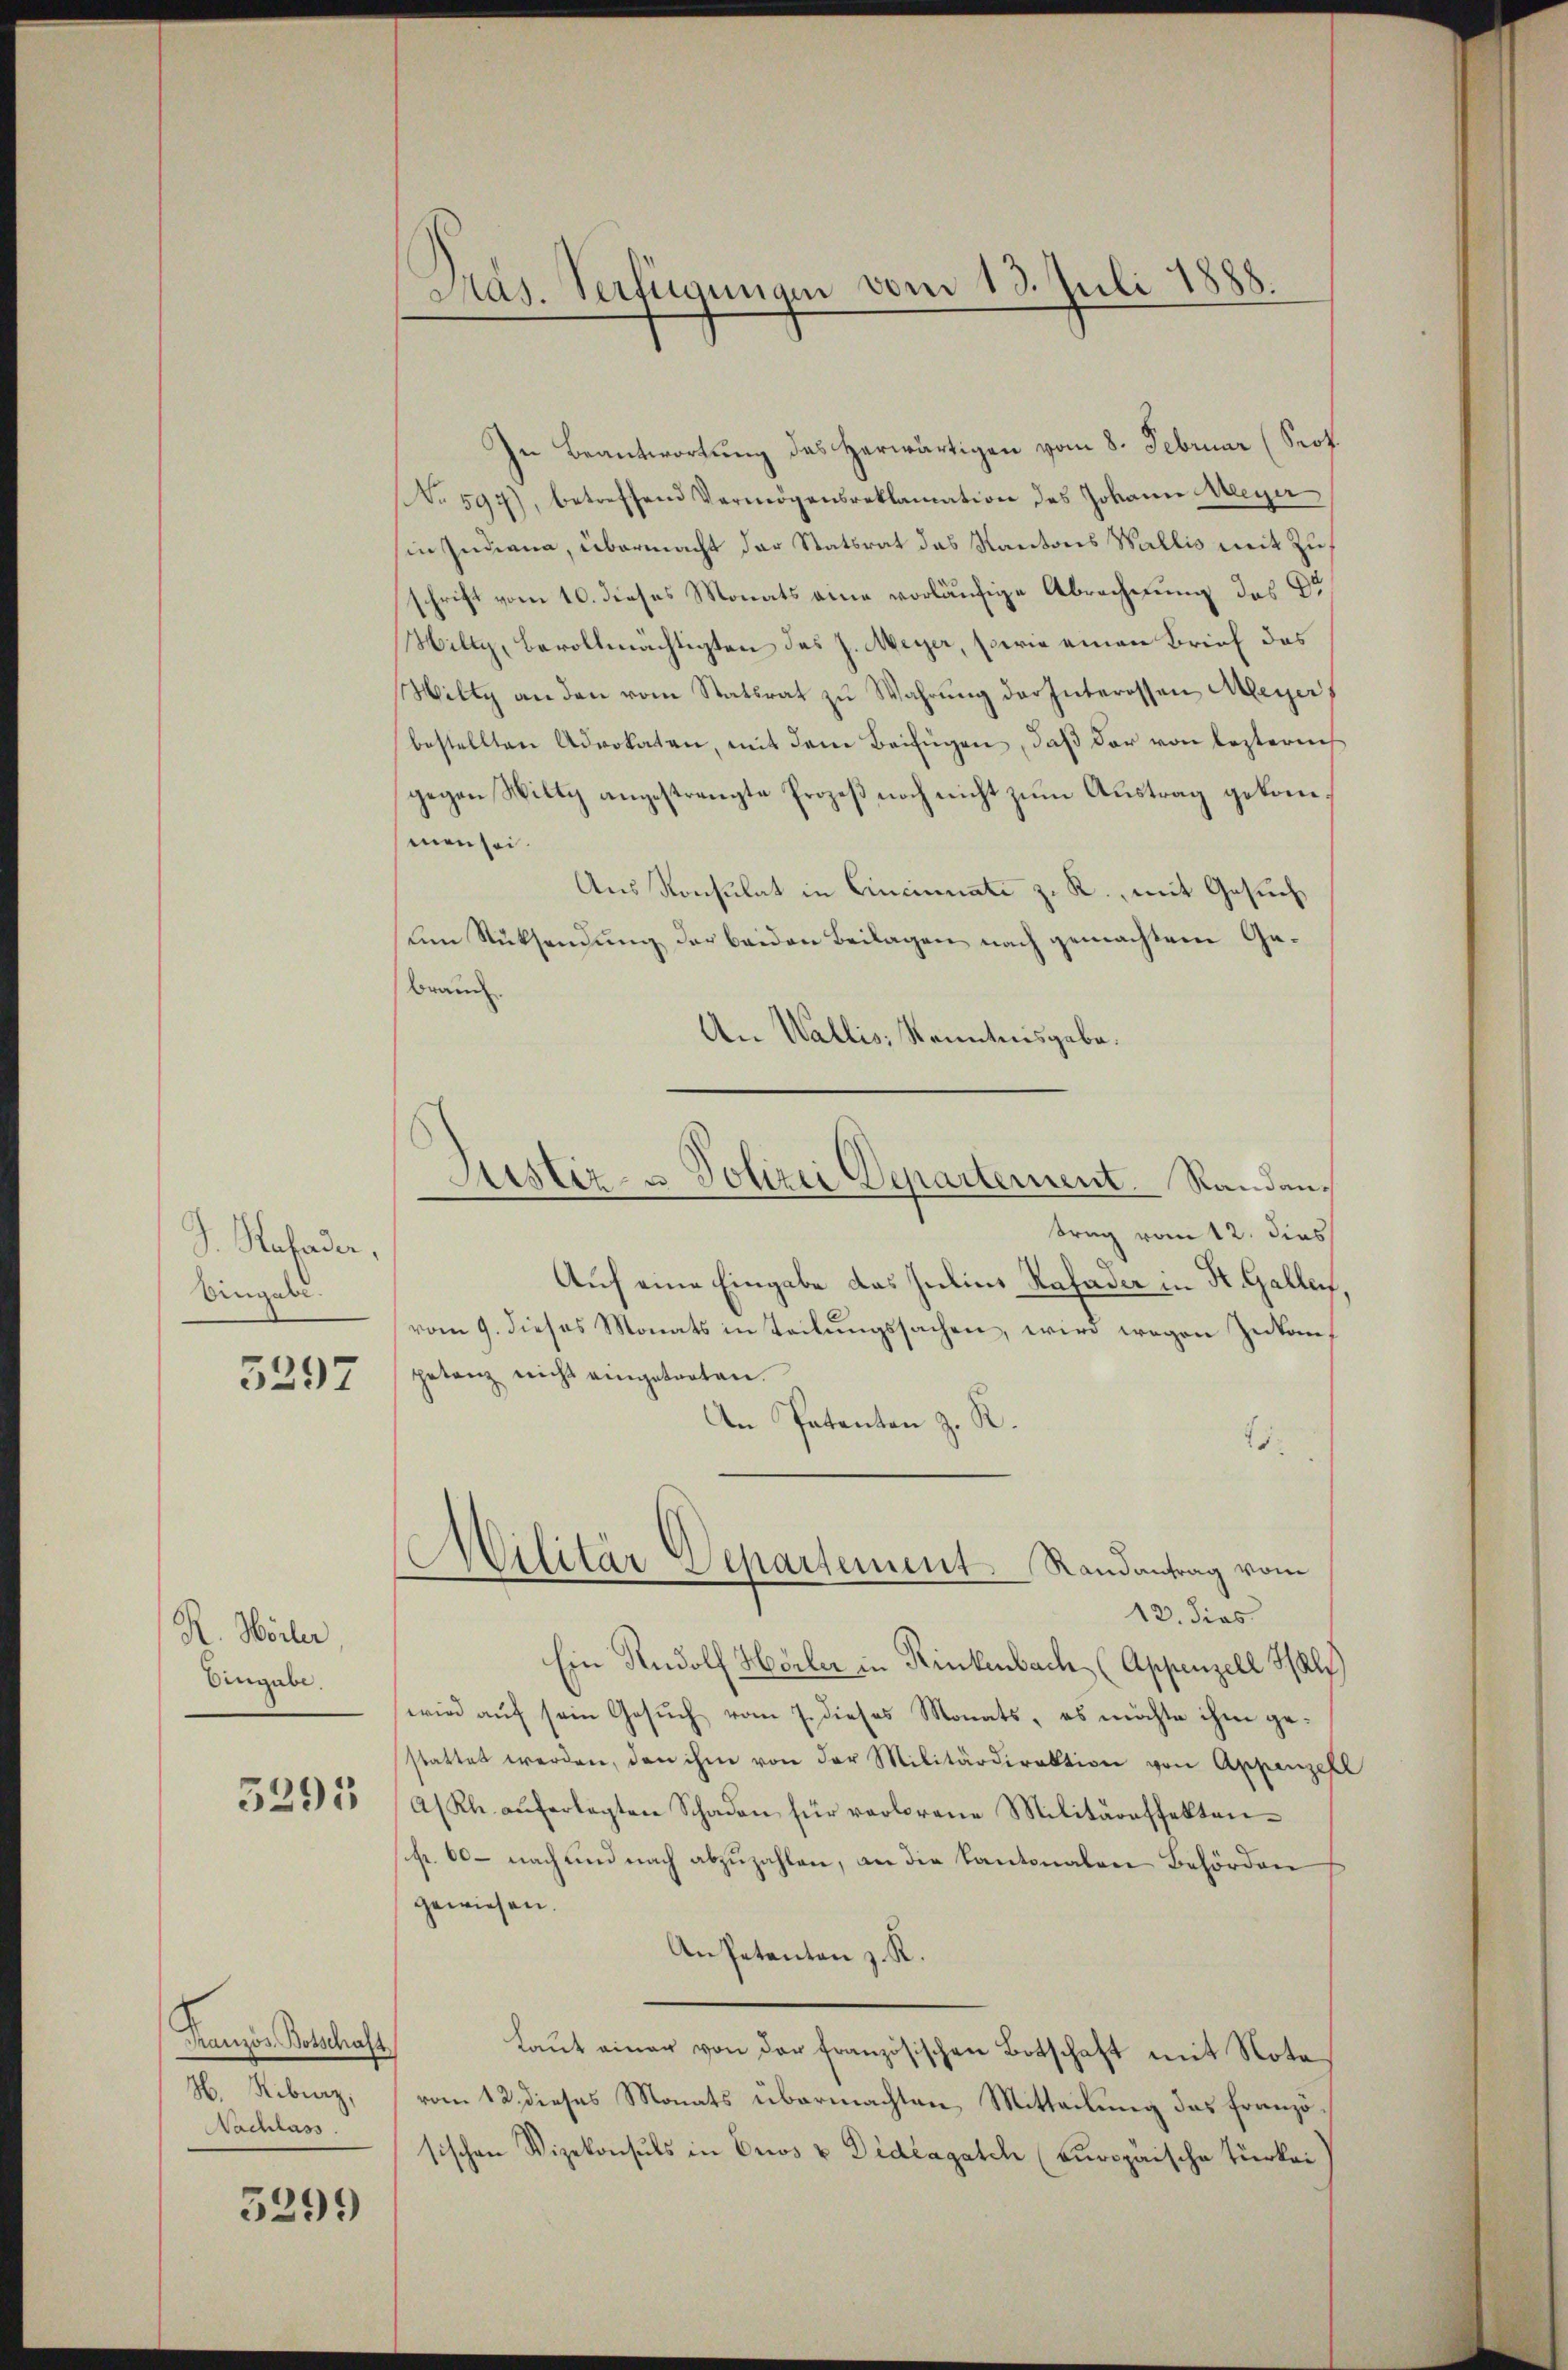
S. Hofader,
Angabe.

3297

R. Wörter
Eingabe.

5291

In Beantwortung des herwärtigen vom 8. Februar (Prof.
No 597), betreffend Vermögensreklamation des Johann Meyer
in Indiana, übermacht der Statsrat das Kantons Wallis mit Zuf
schrift vom 10. dieses Monats eine vorläufige Abrechnung des Dr
Miltz, Bevollmächtigten des J. Meyer, sowie einen Brief das
Willy an den vom Statsrat zu Wahrŭng der Interessen Meyer
bestellten Advokaten, mit dem Beifügen, daß der von lezternis
gegen Wiltz angestrengte Prozeß noch nicht zum Austrag gekommen sei
Aus Konsulat in Cincinati z. R., mit Gesuch
um Rücksendung der beiden Beilagen nach gemachtem Ge¬
Brauch
An Wallis, Kenntnisgabe.

Französ. Botschaft,
H. Kiburz,
Nachlass.

5299)

Pas. Verfügungen vom 13. Juli 1888.

Justiz- u Polizei Departerient. Randan¬

Militär Departement. Randantrag vom
12. dies

trag vom 12. dies
Auf eine Eingabe das Julius Rafader in St. Gallen,
vom 9. dieses Monats in Teilŭngssachen, wird wegen Zukon
getanz nicht angetreten.
An Patenten z. R.
15.
Ein Rudolf Hörler in Rinkenbach (Appenzell Salz
wird auf sein Gesuch vom 7. dieses Monats, es möchte ihm gestattet werden, den ihm von der Militärdirektion von Appenzell
A/ Kl. auferlegten Schaden für verlorene Militäreffekten-
sp. 60 – nach und nach abzuzahlen, an die Kantonalen Behörden
gewiesen.
Ansetenten z. R.
Laut einer von der französischen Botschaft mit Notavom 12. dieses Monats übermachten Mitteilung das französischen Vizekonsuls in Cris u Dideagatch (Curopaische Türkei